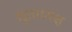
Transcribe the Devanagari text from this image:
द्यूताध्यक्ष